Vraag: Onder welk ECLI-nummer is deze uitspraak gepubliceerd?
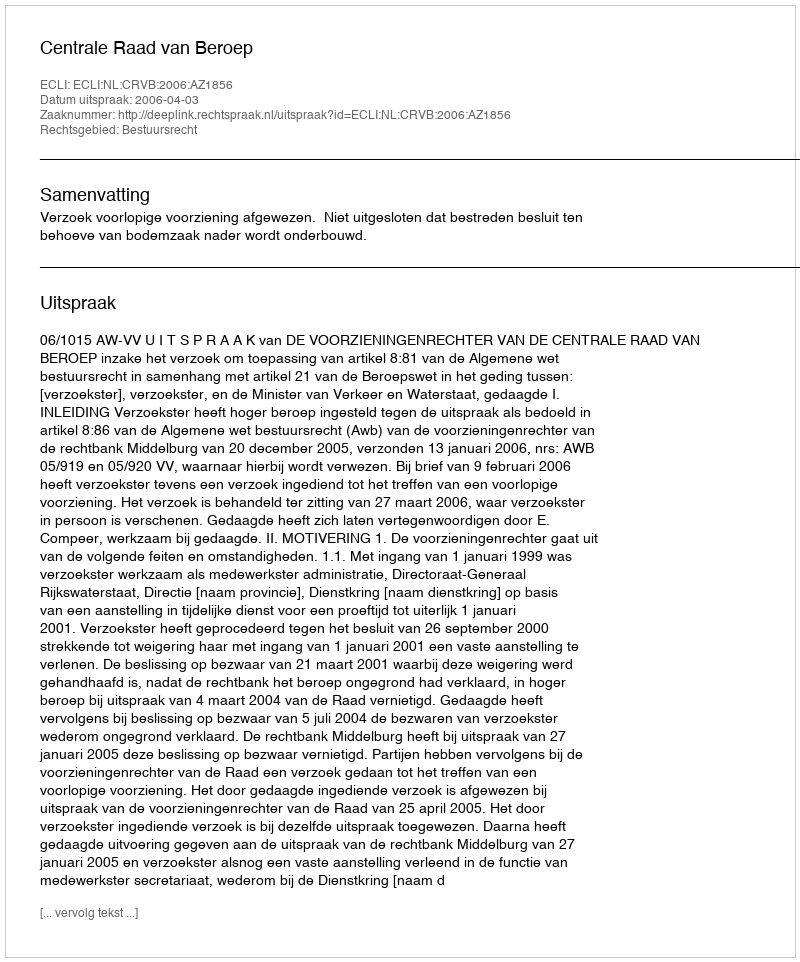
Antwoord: ECLI:NL:CRVB:2006:AZ1856